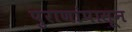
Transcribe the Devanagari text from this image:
पुराणांपासून